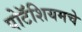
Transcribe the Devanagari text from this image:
पोटॅशियमचे